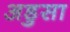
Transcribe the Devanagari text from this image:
अडुसा